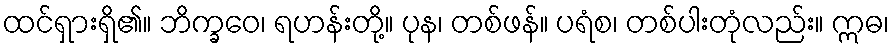
ထင်ရှားရှိ၏။ ဘိက္ခဝေ၊ ရဟန်းတို့။ ပုန၊ တစ်ဖန်။ ပရံစ၊ တစ်ပါးတုံလည်း။ ဣဓ၊